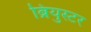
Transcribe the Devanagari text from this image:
ब्रियुस्टर